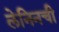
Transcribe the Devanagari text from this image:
लेनिनची